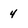
Character: 4